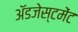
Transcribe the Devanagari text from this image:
ॲडजेस्टमेंट